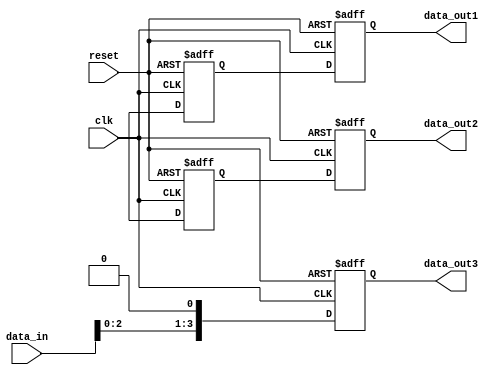
module BehavioralModeling (
    input wire clk,
    input wire reset,
    input wire [3:0] data_in,
    output reg [3:0] data_out1,
    output reg [3:0] data_out2,
    output reg [3:0] data_out3
);

// Task to perform some operation and assign values using non-blocking assignment
task process_data(input [3:0] data, output reg [3:0] out1, output reg [3:0] out2);
    begin
        // Example operations
        out1 <= data + 1;           // Increment input
        out2 <= data - 1;           // Decrement input
    end
endtask

// Always block to invoke tasks and update outputs
always @(posedge clk or posedge reset) begin
    if (reset) begin
        // Reset output registers
        data_out1 <= 4'b0000;
        data_out2 <= 4'b0000;
        data_out3 <= 4'b0000;
    end else begin
        // Invoke the task with current data input
        process_data(data_in, data_out1, data_out2);
        
        // Assign a different value to data_out3 concurrently
        data_out3 <= data_in << 1;  // Left shift the input data
    end
end

endmodule